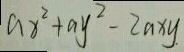
a x ^ { 2 } + a y ^ { 2 } - 2 a x y .